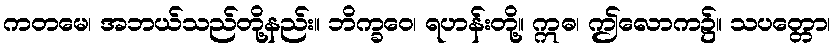
ကတမေ၊ အဘယ်သည်တို့နည်း။ ဘိက္ခဝေ၊ ရဟန်းတို့။ ဣဓ၊ ဤလောက၌။ သပတ္တော၊